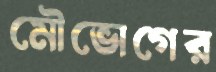
মৌভোগের